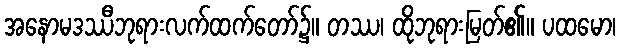
အနောမဒဿီဘုရားလက်ထက်တော်၌။ တဿ၊ ထိုဘုရားမြတ်၏။ ပထမော၊